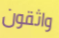
واثقون